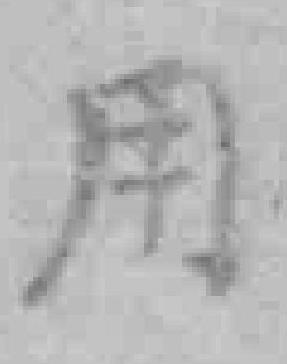
用